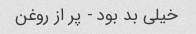
خیلی بد بود - پر از روغن